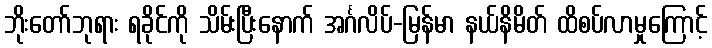
ဘိုးတော်ဘုရား ရခိုင်ကို သိမ်းပြီးနောက် အင်္ဂလိပ်-မြန်မာ နယ်နိမိတ် ထိစပ်လာမှုကြောင့်